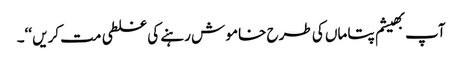
آپ بھیشم پتا ماں کی طرح خامو ش رہنے کی غلطی مت کریں ‘‘۔